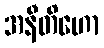
အနီတိဟော